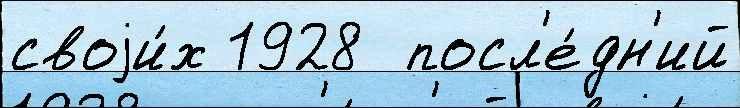
своjи́х 1928  посл'е́дн'ий